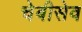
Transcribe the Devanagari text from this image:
चेबीसेव